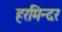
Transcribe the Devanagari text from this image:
हरमिन्दर